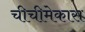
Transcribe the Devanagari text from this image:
चीचीमेकास